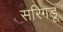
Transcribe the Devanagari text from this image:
सरिगडू